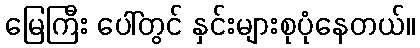
မြေကြီး ပေါ်တွင် နှင်းများစုပုံနေတယ်။